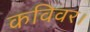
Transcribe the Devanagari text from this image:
कविवर।